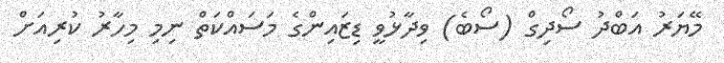
މޭޔަރު އަބްދު ސޯދިގް (ސޯބެ) ވިދާޅުވީ ޑިޒައިންގެ މަސައްކަތް ނިމި މިހާރު ކުރިއަށް